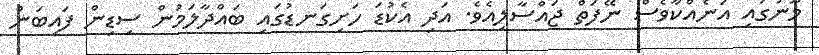
މޫނުގައި އަނެއްކާވެސް ނޭފަތް ޖައްސާލިއެވެ. އަދި އެކުޑަ ހަށިގަނޑުގައި ބައްދާލަމުން ސިޑިން ފައިބަން